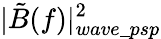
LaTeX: |\tilde{B}(f)|_{wave\_ psp}^{2}